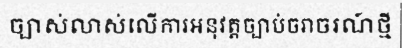
ច្បាស់លាស់លើការអនុវត្តច្បាប់ចរាចរណ៍ថ្មី